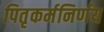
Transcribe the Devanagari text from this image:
पितृकर्मनिर्णय